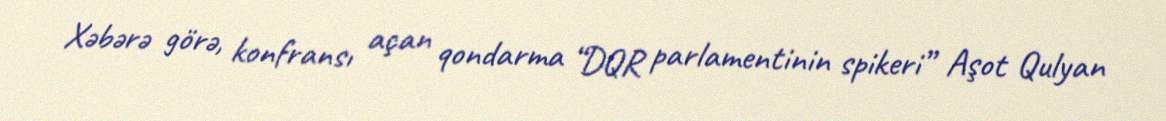
Xəbərə görə, konfransı açan qondarma “DQR parlamentinin spikeri” Aşot Qulyan